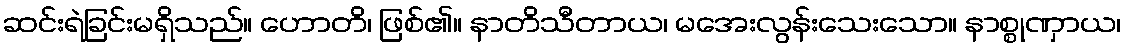
ဆင်းရဲခြင်းမရှိသည်။ ဟောတိ၊ ဖြစ်၏။ နာတိသီတာယ၊ မအေးလွန်းသေးသော။ နာစ္စုဏှာယ၊